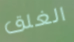
الغلق